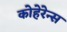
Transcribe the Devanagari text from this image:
कोहेरेन्स